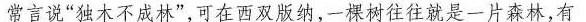
常言说”独木不成林”，可在西双版纳，一棵树往往就是一片森林，有